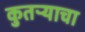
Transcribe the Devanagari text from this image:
कुतऱ्याचा